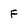
Character: F